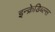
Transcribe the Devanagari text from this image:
इन्क्रेडिब्ल्स